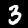
Label: 3